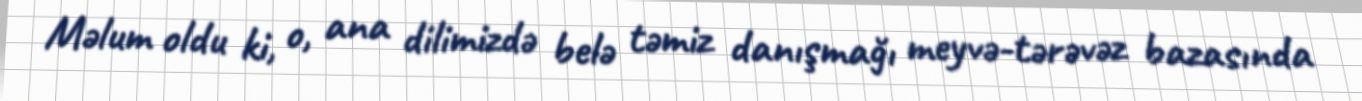
Məlum oldu ki, o, ana dilimizdə belə təmiz danışmağı meyvə-tərəvəz bazasında